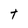
Character: t